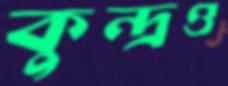
কুন্দ্রও